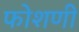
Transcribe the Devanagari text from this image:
फोशणी